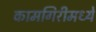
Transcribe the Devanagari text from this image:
कामगिरीमध्ये